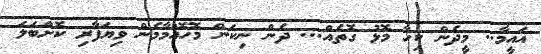
އައީމާ.. މީދެން ކިހާ މޮޅު ގޮތެއް... ދެން ނިކަން މޮހޮއްމާމެން ވިޔަފާރި ކޮށްބަލަ